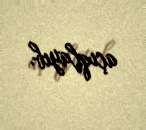
açıqlayıb.